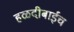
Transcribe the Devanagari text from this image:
हळदीबाईच